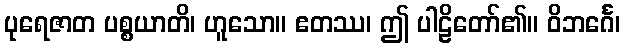
ပုရေဇာတ ပစ္စယာတိ၊ ဟူသော။ ဧတဿ၊ ဤ ပါဠိတော်၏။ ဝိဘင်္ဂေ၊